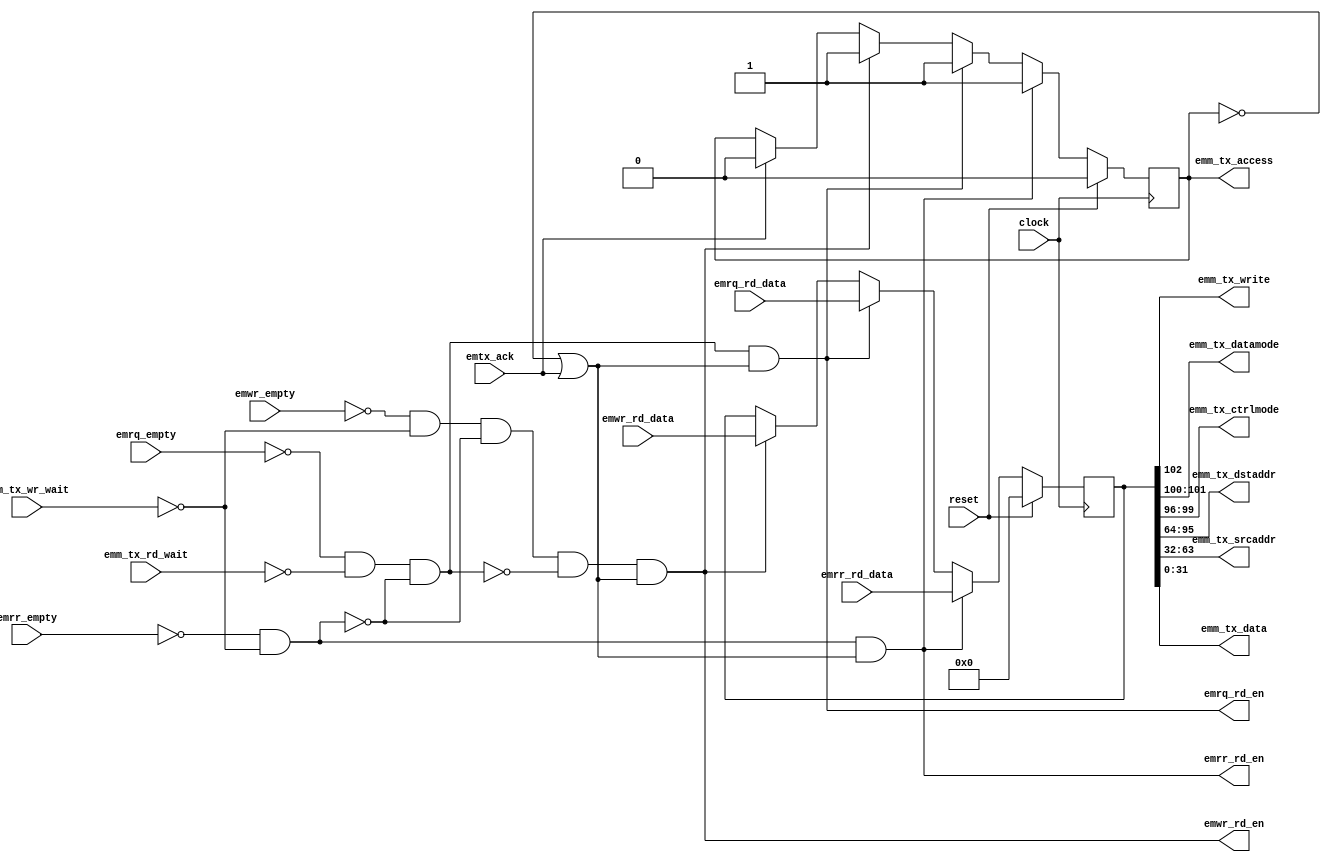
/*
  File: earb.v
 
  This file is part of the Parallella Project.

  Copyright (C) 2014 Adapteva, Inc.
  Contributed by Fred Huettig <fred@adapteva.com>

  This program is free software: you can redistribute it and/or modify
  it under the terms of the GNU General Public License as published by
  the Free Software Foundation, either version 3 of the License, or
  (at your option) any later version.

  This program is distributed in the hope that it will be useful,
  but WITHOUT ANY WARRANTY; without even the implied warranty of
  MERCHANTABILITY or FITNESS FOR A PARTICULAR PURPOSE.  See the
  GNU General Public License for more details.

  You should have received a copy of the GNU General Public License
  along with this program (see the file COPYING).  If not, see
  <http://www.gnu.org/licenses/>.
*/

/*
 ########################################################################
 EPIPHANY eMesh Arbiter
 ########################################################################
 
 This block takes three FIFO inputs (write, read request, read response),
 arbitrates between the active channels, and forwards the result on to
 the transmit channel.
 
 The arbitration order is (fixed, highest to lowest)
   1) read responses
   2) read requests
   3) writes
 
 */

module earb (/*AUTOARG*/
   // Outputs
   emwr_rd_en, emrq_rd_en, emrr_rd_en, emm_tx_access, emm_tx_write,
   emm_tx_datamode, emm_tx_ctrlmode, emm_tx_dstaddr, emm_tx_srcaddr,
   emm_tx_data,
   // Inputs
   clock, reset, emwr_rd_data, emwr_empty, emrq_rd_data, emrq_empty,
   emrr_rd_data, emrr_empty, emm_tx_rd_wait, emm_tx_wr_wait, emtx_ack
   );

   // TX clock
   input          clock;
   input          reset;
   
   // FIFO slave port, writes
   input [102:0]  emwr_rd_data;
   output         emwr_rd_en;
   input          emwr_empty;
   
   // FIFO slave port, read requests
   input [102:0]  emrq_rd_data;
   output         emrq_rd_en;
   input          emrq_empty;
   
   // FIFO slave port, read responses
   input [102:0]  emrr_rd_data;
   output         emrr_rd_en;
   input          emrr_empty;

   // eMesh master port, to TX
   output         emm_tx_access;
   output         emm_tx_write;
   output [1:0]   emm_tx_datamode;
   output [3:0]   emm_tx_ctrlmode;
   output [31:0]  emm_tx_dstaddr;
   output [31:0]  emm_tx_srcaddr;
   output [31:0]  emm_tx_data;
   input          emm_tx_rd_wait;
   input          emm_tx_wr_wait;

   // Ack from TX protocol module
   input          emtx_ack;

   // Control bits inputs (none)

   // output wires
   wire           emm_tx_access;
   wire           emm_tx_write;
   wire [1:0]     emm_tx_datamode;
   wire [3:0]     emm_tx_ctrlmode;
   wire [31:0]    emm_tx_dstaddr;
   wire [31:0]    emm_tx_srcaddr;
   wire [31:0]    emm_tx_data;
   
   //############
   //# Arbitrate & forward
   //############

   reg            ready;
   reg [102:0]    fifo_data;

   // priority-based ready signals
   wire           rr_ready = ~emrr_empty & ~emm_tx_wr_wait;
   wire           rq_ready = ~emrq_empty & ~emm_tx_rd_wait & ~rr_ready;
   wire           wr_ready = ~emwr_empty & ~emm_tx_wr_wait & ~rr_ready & ~rq_ready;

   // FIFO read enables, when we're idle or done with the current datum
   wire           emrr_rd_en = rr_ready & (~ready | emtx_ack);
   wire           emrq_rd_en = rq_ready & (~ready | emtx_ack);
   wire           emwr_rd_en = wr_ready & (~ready | emtx_ack);
   
   always @ (posedge clock) begin
      if( reset ) begin

         ready     <= 1'b0;
         fifo_data <= 'd0;

      end else begin

         if( emrr_rd_en ) begin

            ready <= 1'b1;
            fifo_data <= emrr_rd_data;

         end else if( emrq_rd_en ) begin

            ready <= 1'b1;
            fifo_data <= emrq_rd_data;

         end else if( emwr_rd_en ) begin

            ready <= 1'b1;
            fifo_data <= emwr_rd_data;

         end else if( emtx_ack ) begin

            ready <= 1'b0;

         end
      end // else: !if( reset )
   end // always @ (posedge clock)
      
   //#############################
   //# Break-out the emesh signals
   //#############################
   
   assign emm_tx_access   = ready;
   assign emm_tx_write    = fifo_data[102];
   assign emm_tx_datamode = fifo_data[101:100];
   assign emm_tx_ctrlmode = fifo_data[99:96];
   assign emm_tx_dstaddr  = fifo_data[95:64];
   assign emm_tx_srcaddr  = fifo_data[63:32];
   assign emm_tx_data     = fifo_data[31:0];

endmodule // earb